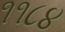
૧૧૮૪